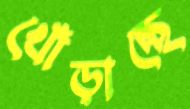
খোঁড়াচ্ছে